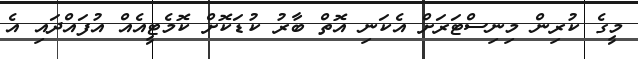
މީގެ ކުރިން މިނިސްޓަރަށް އެކަނި އޮތް ބާރު ކުޑަކޮށް ކޮމެޓީއެއް އުފައްދައި އެ